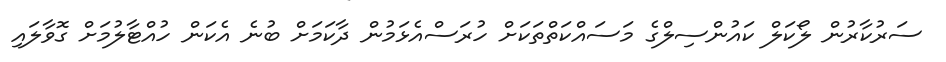
ސަރުކާރުން ލޯކަލް ކައުންސިލްގެ މަސައްކަތްތަކަށް ހުރަސްއެޅަމުން ދާކަމަށް ބުނެ އެކަން ހުއްޓާލުމަށް ގޮވާލައި